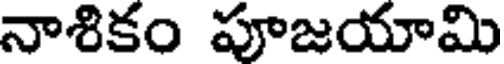
నాశికం పూజయామి